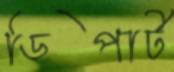
ডিপার্ট